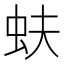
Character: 蚨